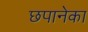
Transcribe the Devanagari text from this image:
छपानेका